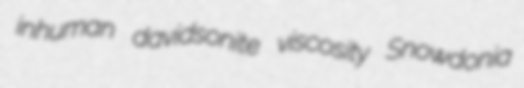
inhuman davidsonite viscosity Snowdonia